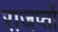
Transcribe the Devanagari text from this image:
राजप्तों